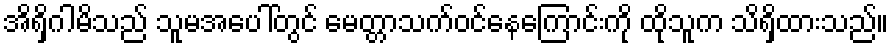
အိရှိဂါမိသည် သူမအပေါ်တွင် မေတ္တာသက်ဝင်နေကြောင်းကို ထိုသူက သိရှိထားသည်။